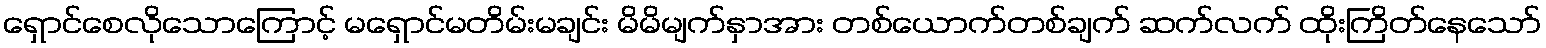
ရှောင်စေလိုသောကြောင့် မရှောင်မတိမ်းမချင်း မိမိမျက်နှာအား တစ်ယောက်တစ်ချက် ဆက်လက် ထိုးကြိတ်နေသော်